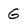
Character: G